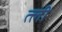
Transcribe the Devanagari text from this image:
त्ली